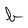
Character: b